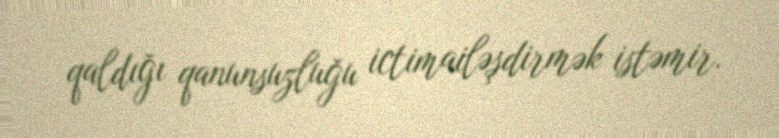
qaldığı qanunsuzluğu ictimailəşdirmək istəmir.